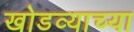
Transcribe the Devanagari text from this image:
खोडव्याच्या